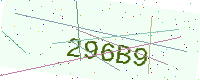
Text: 296B9